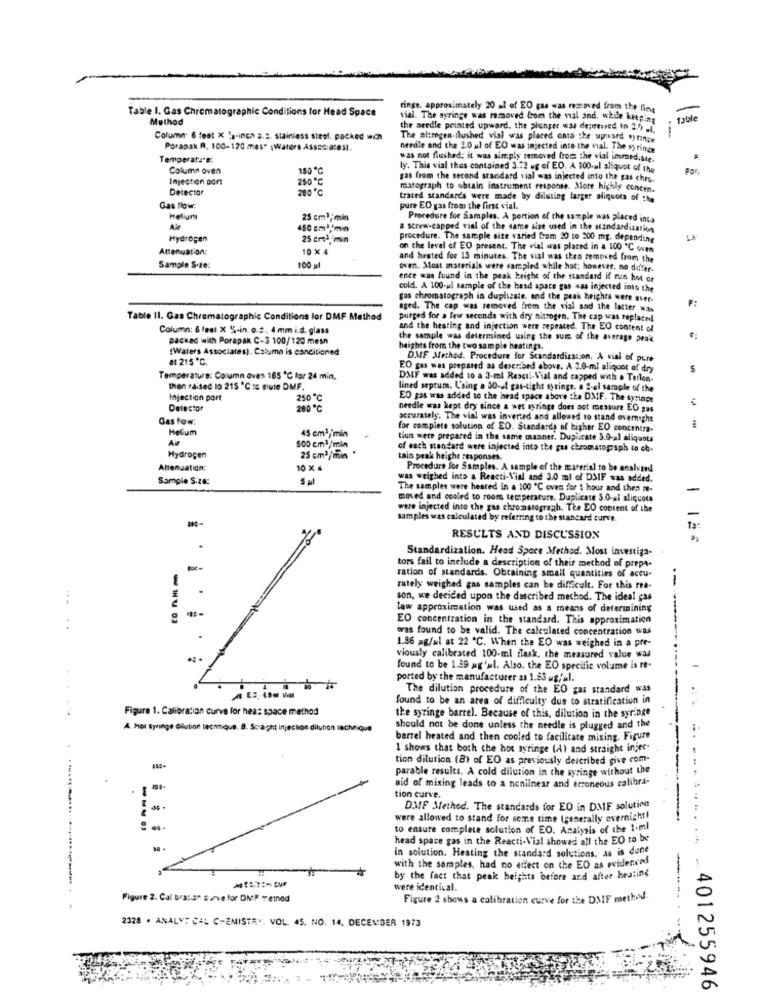
Table I. Gas Chromatographic Conditions for Head Space
ringe. approximately 20 al of EO gas was restoved from the fine
Method
vial. The syringe was removed from the val and, while keeping
the needle pointed upward. the plunger was de;weared to 2.5 .i.
Colume. 6 feet X fa-inch a.s. stainless steel, packed wich
The nitrogen-flushed vial was placed onto the uprward syringe
--
Porapak R. 100-120 mes" ;Waters Assss:a2031.
needle and the 2.0 ul of EO was injected into the vial. The syringe
Temperata*e:
was not flushed: it was simply removed from the vial immediate.
Column oven
150 ℃
ly. This vial thes contained 3.72 ug of EO, A 100.al aliquot of the
Injection port
250℃
gas from the second standard vial was injected into the gas chro-
Detector
200 ℃
matograph to obtain instrument response. More highly concen.
trated standards were made by diluting larger nilquots of the
Gas flow:
pure ED gas from the first vial.
Helium
25 cm3, min
Procedure for Samples. A portion of the sample was placed inca
450 cml/min
a Screw-capped vial of the same size used in the standardization
Hydrogen
25 cm3 ,- min
procedure. The sample size varied fram 20 to 200 mg. depending
Attenuation:
10 × 4
on the level of EO present. The vial was placed in a 100 ℃ oven
and hrated for 15 minutes. The vial was then removed from the
Sample S·ze:
100 gl
oven. Most materials were sampled while hot; however, no differ-
ence was found in the peak height of the standard if nen het or
cold. A 100-ul sample of the head space gas was injected into the
gas chromatograph in duplicate. and the peak heights were aver-
aged. The cap was removed from the vial sad the latter wa
Table II. Gas Chromatographic Conditions for DMF Method
purged for a few seconds with dry nitrogen. The cap was replaced!
Column: 6 feet X %-in. o.s ., 4 mm i.d. glass
and the heating and injection were repeated. The EO content of
packed with Porapak C-3 100/120 mesn
the sample was determined using the sure of the average peak
[Waters Associates). Catuma is conditioned
heights from the two sample heatings.
at 215 ℃.
DMF Method. Procedure for Standardization. A vial of pure
EO gas was prepared as described above. A 3.0-ml aliquot of dry
Temperature: Column oven 165 ℃ for 24 min.
DMF was added to a 3-el Rescil-Vial and capped with . Terlon-
then raised 10 215 ℃ to siute DMF.
lined septum. Laing . 30-ol gas-tight syringe. a 2-al sample of the
Injection port
250 ℃
ED gas was added to the head space above the DMF. The syringe
Detector
200º℃
needle was kept dry since a wet syringe does not measure EO gas
Gastow:
accurately. The vial was inverted and allowed to stand overnight
Helium
45 cm1/ min
for complete solution of ED. Standards of higher EO concentra-
Air
tion were prepared in the same manner. Duplicate 5.0-al aliquots
500 cm3/min
of each standard were injected into the gus chromatograph to ob-
Hydrogen
25 cm3/min
tain peak height responses.
Attenuation:
10 x 4
Procedure for Samples. A sample of the material to be analyzed
Sample Size:
5 Ml
was weighed into a Reacti-Vial and 3.0 ml of DMIF was added.
The samples were heated in a 100 ℃ oven for 1 hour and then re-
-
moved and ccoled to room temperature. Duplicate 5.0-al aliquots
were injected into the gas chromatograph. The EO content of the
samples was calculated by referring to the stancard curve.
RESULTS AND DISCUSSION
Standardization. Head Space Method. Most investiga-
tors fail to include a description of their method of prepa-
ration of standards. Obtaining small quantities of accu-
--
rately weighed gas samples can be difficult. For this rea-
son, we decided upon the described method. The ideal gas
law approximation was used as a means of determining
EO concentration in the standard. This approximation
..
was found to be valid. The calculated concentration was
1.86 #g/xl at 22 ℃. When the EO was weighed in a pre-
viously calibrated 100-ml flask, the measured value was
found to be 1.39 #g'ul. Also, the EO specific volume is re-
ported by the manufacturer as 1.83 ug/ul.
ALS, 19m Vill
The dilution procedure of the EO gas standard was
found to be an area of difficulty due to stratification in
Figure 1. Calibration curve for hea: space method
the syringe barrel. Because of this, dilution in the syringe
A Hol Syringe Gliution technique. B. Scraght injection dilub
should not be done unless the needle is plugged and the
barrel heated and then cooled to facilitate mixing. Figure
1 shows that both the hot tyringe (A) and straight injer-
tion dilution (8) of EO as previously described give com-
parable results. A cold dilution in the syringe without the
aid of mixing leads to a nonlinear and erroneous calibra-
tion curve.
DWF Method. The standards for EO in DMF solutions
were allowed to stand for some time (generally overnight)
to ensure complete solution of EO. Analysis of the t-ml
head space gas in the Reacti-Vial showed all the EO to be
in solution. Heating the standard solutions, as is done
with the samples, had no effect on the EO as evidenced
by the fact that peak heights before and after heating
were identical.
Figure 2. Cal brasan surve for DMP Tetnod
Figure 2 shows a calibration curve for the DMF method
2328 . ANALYT CAL CHEMISTRY, VOL. 45. NO. 14. DECEMBER 1973
401255946